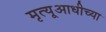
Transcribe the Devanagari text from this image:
मृत्यूआधीच्या